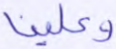
وعلينا